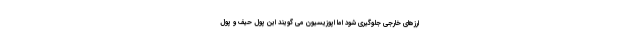
ارزهای خارجی جلوگیری شود اما اپوزیسیون می گویند این پول حیف و پول